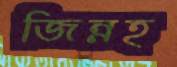
জিন্নহ